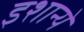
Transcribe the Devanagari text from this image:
इशान्ये